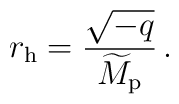
r_{\rm h}={\sqrt{-q}\over\widetilde{M}_{\rm p}}\,.